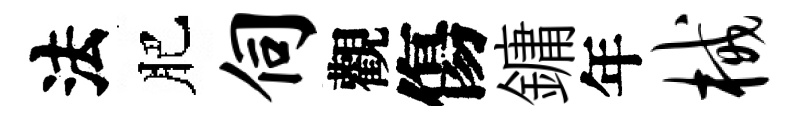
法肥伺觀傷鏞年械